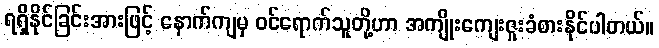
ရရှိနိုင်ခြင်းအားဖြင့် နောက်ကျမှ ဝင်ရောက်သူတို့ဟာ အကျိုးကျေးဇူးခံစားနိုင်ပါတယ်။